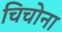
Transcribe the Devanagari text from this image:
चिचोना